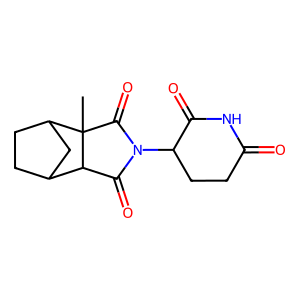
SMILES: CC12C(=O)N(C3CCC(=O)NC3=O)C(=O)C1C1CCC2C1
Inhibits HIV replication: No